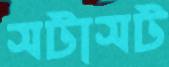
সটাসট